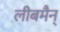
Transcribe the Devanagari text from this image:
लीबमैन्